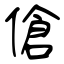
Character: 傖